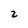
Character: 2